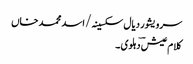
سرویشور دیال سکسینہ/ اسد محمد خاں
کلام عیش ؔدہلوی ۔